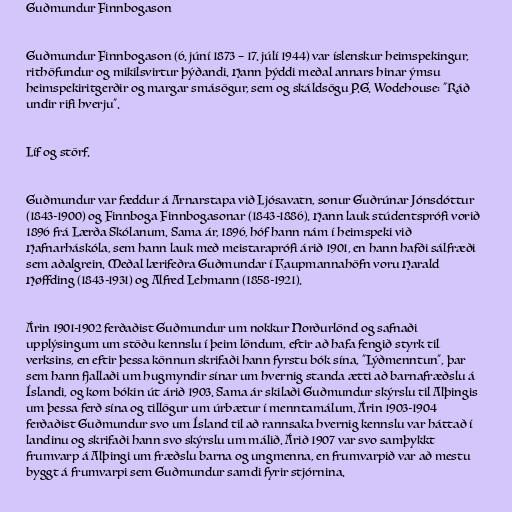
Guðmundur Finnbogason

Guðmundur Finnbogason (6. júní 1873 – 17. júlí 1944) var íslenskur heimspekingur,
rithöfundur og mikilsvirtur þýðandi. Hann þýddi meðal annars hinar ýmsu
heimspekiritgerðir og margar smásögur, sem og skáldsögu P.G. Wodehouse: "Ráð
undir rifi hverju".

Líf og störf.

Guðmundur var fæddur á Arnarstapa við Ljósavatn, sonur Guðrúnar Jónsdóttur
(1843-1900) og Finnboga Finnbogasonar (1843-1886). Hann lauk stúdentsprófi vorið
1896 frá Lærða Skólanum. Sama ár, 1896, hóf hann nám í heimspeki við
Hafnarháskóla, sem hann lauk með meistaraprófi árið 1901, en hann hafði sálfræði
sem aðalgrein. Meðal lærifeðra Guðmundar í Kaupmannahöfn voru Harald
Høffding (1843-1931) og Alfred Lehmann (1858-1921).

Árin 1901-1902 ferðaðist Guðmundur um nokkur Norðurlönd og safnaði
upplýsingum um stöðu kennslu í þeim löndum, eftir að hafa fengið styrk til
verksins, en eftir þessa könnun skrifaði hann fyrstu bók sína, "Lýðmenntun", þar
sem hann fjallaði um hugmyndir sínar um hvernig standa ætti að barnafræðslu á
Íslandi, og kom bókin út árið 1903. Sama ár skilaði Guðmundur skýrslu til Alþingis
um þessa ferð sína og tillögur um úrbætur í menntamálum. Árin 1903-1904
ferðaðist Guðmundur svo um Ísland til að rannsaka hvernig kennslu var háttað í
landinu og skrifaði hann svo skýrslu um málið. Árið 1907 var svo samþykkt
frumvarp á Alþingi um fræðslu barna og ungmenna, en frumvarpið var að mestu
byggt á frumvarpi sem Guðmundur samdi fyrir stjórnina.